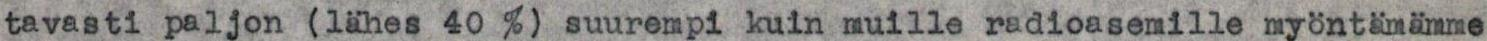
tavasti paljon (lähes 40 %) suurempi kuin muille radioasemille myöntämämme